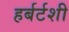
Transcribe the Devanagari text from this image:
हर्बर्टशी